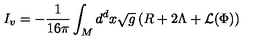
I _ { v } = - \frac { 1 } { 1 6 \pi } \int _ { M } d ^ { d } x \sqrt { g } \left( R + 2 \Lambda + { \cal L } ( \Phi ) \right)